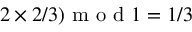
2 \times 2 / 3 ) \mathrm { ~ m ~ o ~ d ~ } 1 = 1 / 3